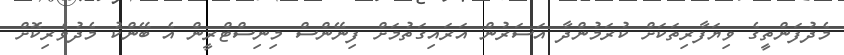
މެދުފަންތީގެ ވިޔަފާރިތަކަށް ކުރަމުންދާ އަސަރުން އަރައިގަތުމަށް ފިނޭންސް މިނިސްޓްރީން އެ ބޭންކު މެދުވެރިކޮށް